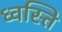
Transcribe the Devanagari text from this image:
ध्वस्ति